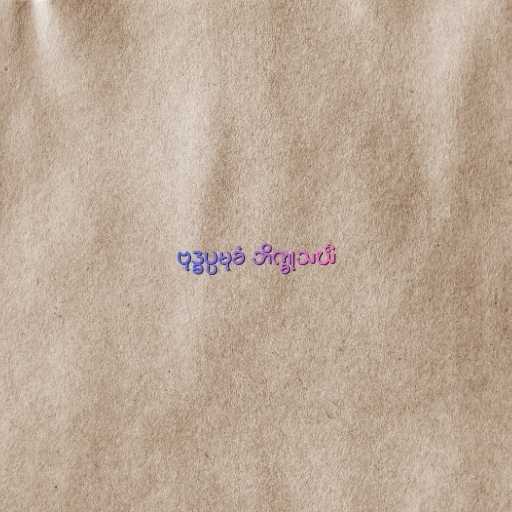
ဗုဒ္ဓပ္ပမုခံ ဘိက္ခုသင်္ဃံ